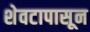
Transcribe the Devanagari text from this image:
शेवटापासून